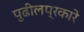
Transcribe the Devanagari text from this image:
पुढीलप्रकारे